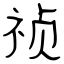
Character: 祯